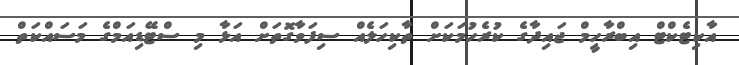
އާކިޓެކްޓް އިބްރާހީމް ޖައިދާގެ ކުރެހުމަކަށް ތާކިހަލެއް ސިފަވާގޮތަށް އަޅާ މި ސްޓޭޑިއަމްގެ މަސައްކަތް